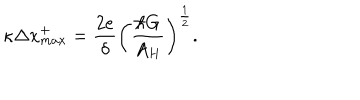
LaTeX: \kappa \Delta x _ { m a x } ^ { + } = { \frac { 2 e } { \delta } } \left( { \frac { \hbar G } { A _ { H } } } \right) ^ { \frac { 1 } { 2 } } .